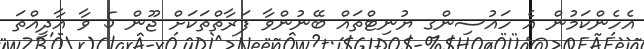
އެހެންކަމުން އެ ހައުސިންގ ޔުނިޓްތައް ބޭނުންވާ ފަރާތްތަކަށް ޖޫން 5 ވާ އާދީއްތަ